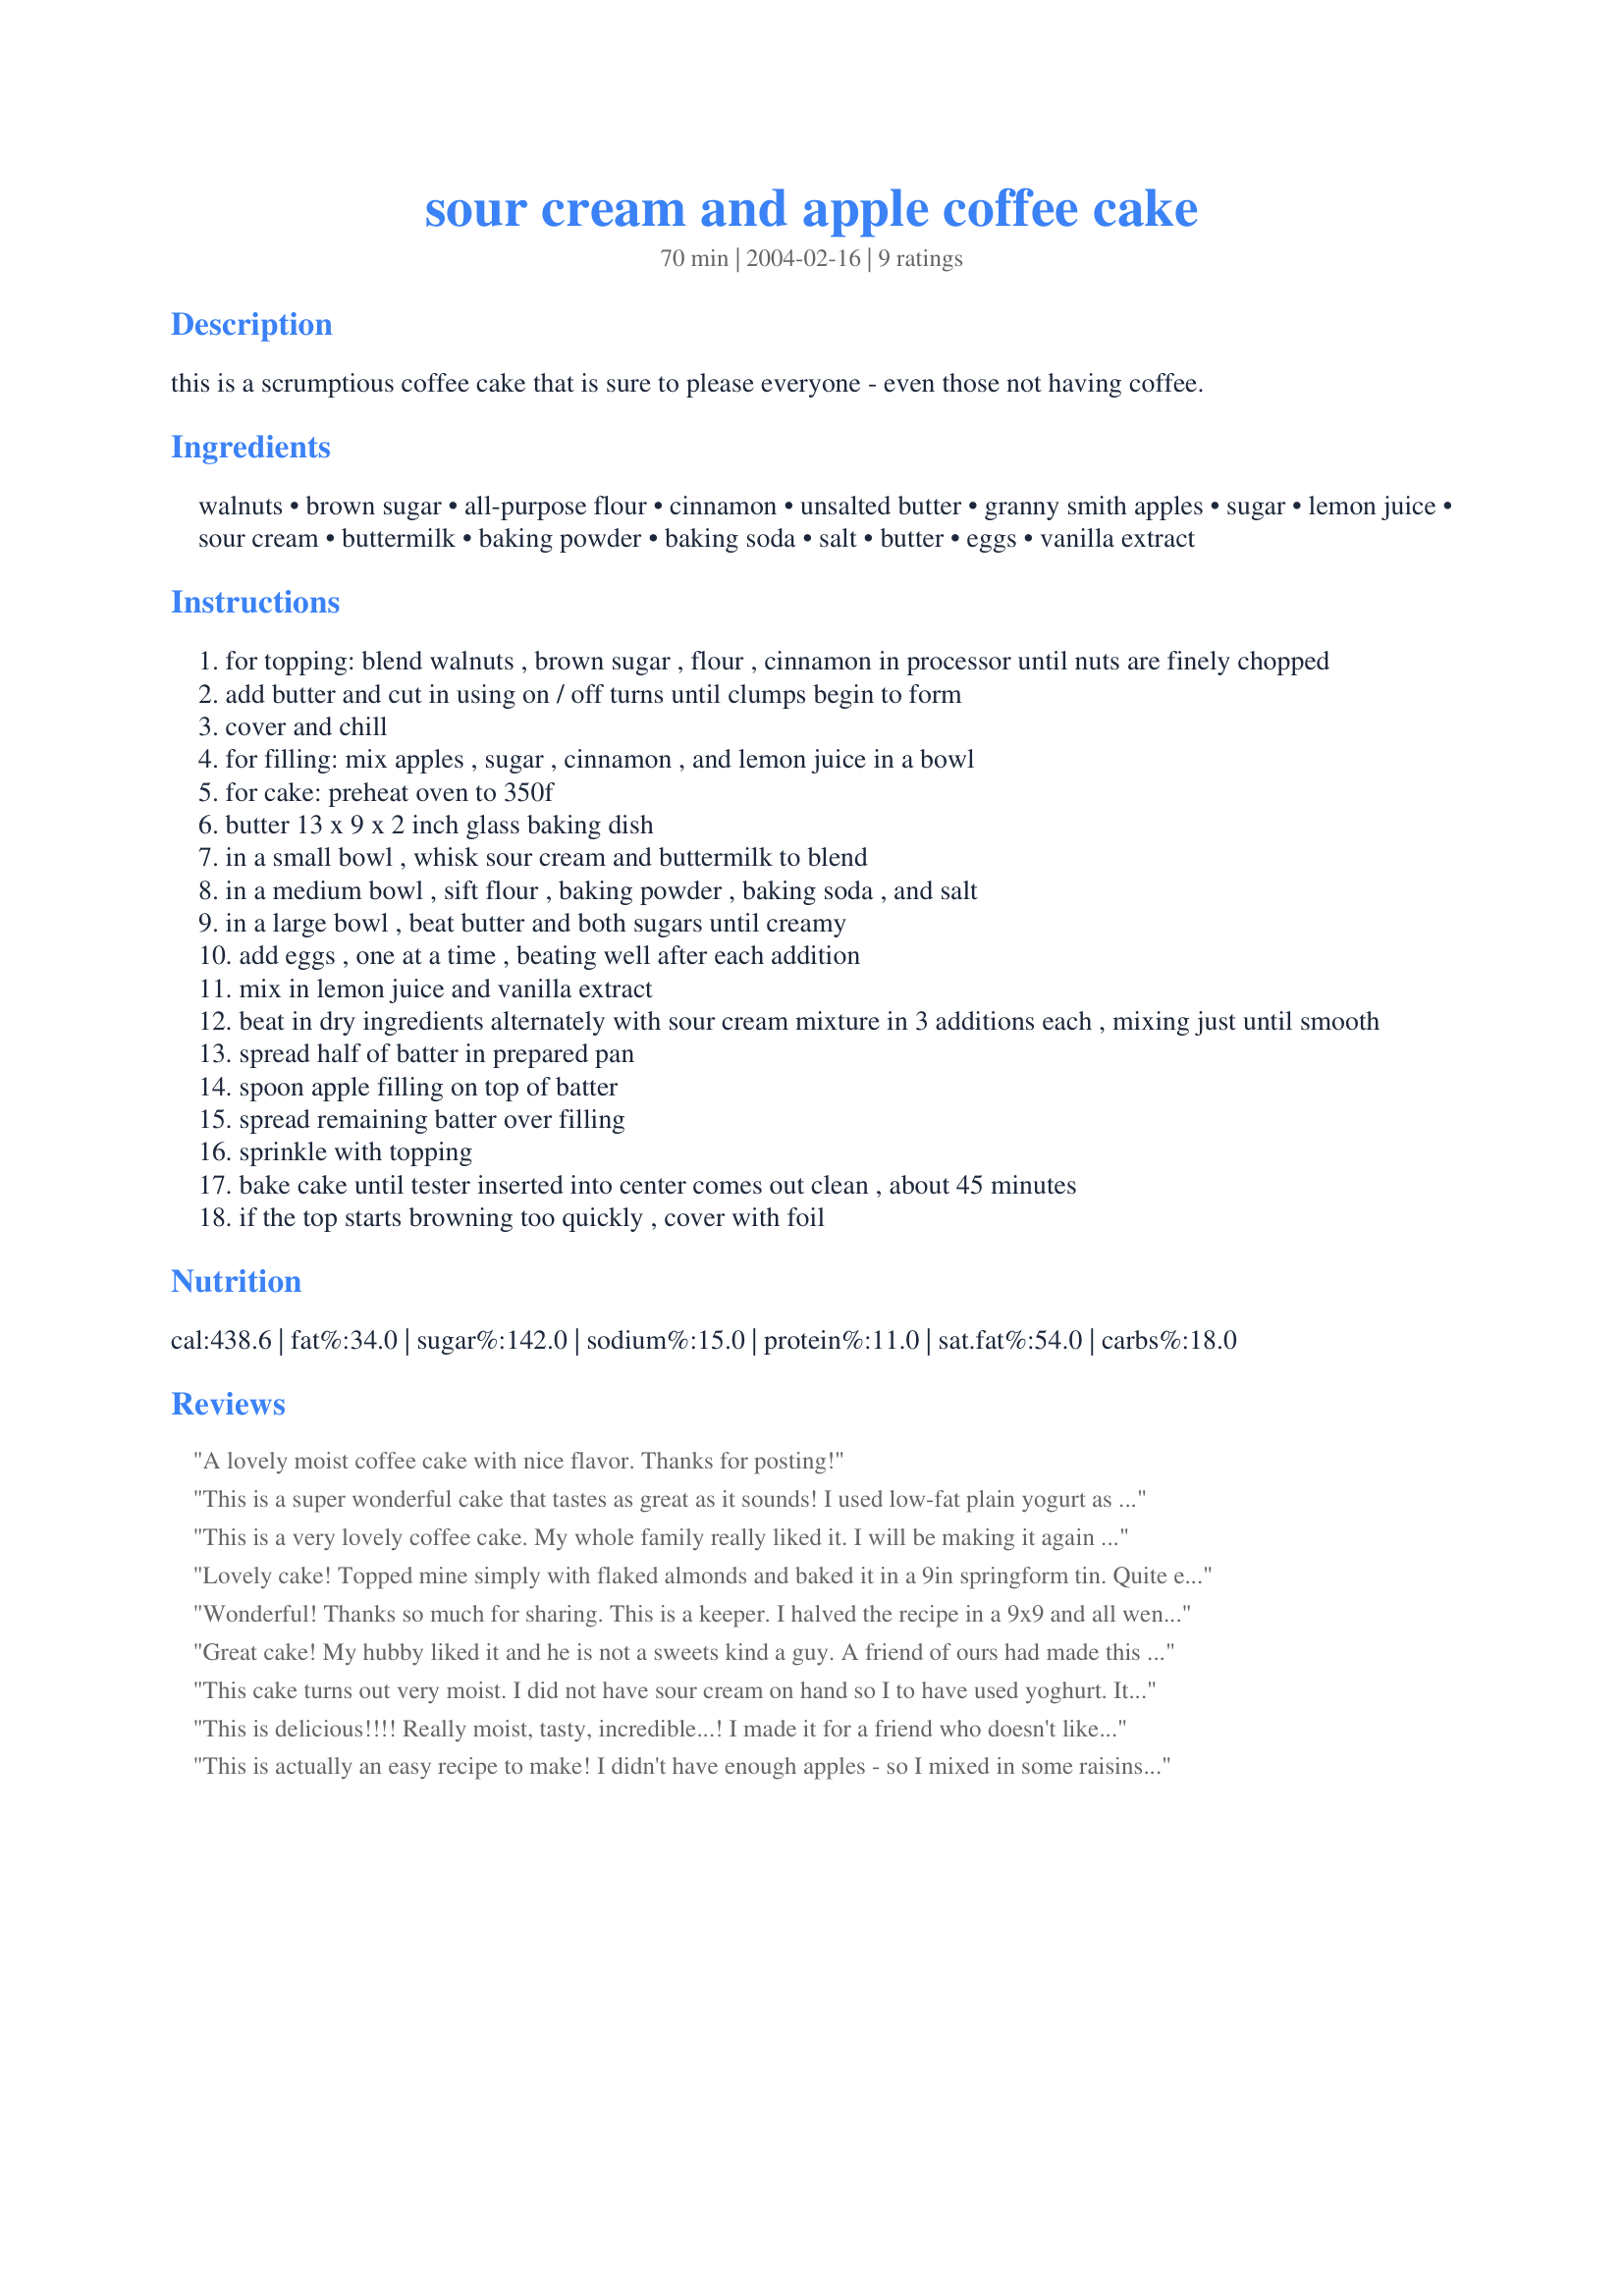
sour cream and apple coffee cake
Preparation time: 70 minutes

this is a scrumptious coffee cake that is sure to please everyone - even those not having coffee.

Ingredients:
walnuts, brown sugar, all-purpose flour, cinnamon, unsalted butter, granny smith apples, sugar, lemon juice, sour cream, buttermilk, baking powder, baking soda, salt, butter, eggs, vanilla extract

Steps:
for topping: blend walnuts , brown sugar , flour , cinnamon in processor until nuts are finely chopped
add butter and cut in using on / off turns until clumps begin to form
cover and chill
for filling: mix apples , sugar , cinnamon , and lemon juice in a bowl
for cake: preheat oven to 350f
butter 13 x 9 x 2 inch glass baking dish
in a small bowl , whisk sour cream and buttermilk to blend
in a medium bowl , sift flour , baking powder , baking soda , and salt
in a large bowl , beat butter and both sugars until creamy
add eggs , one at a time , beating well after each addition
mix in lemon juice and vanilla extract
beat in dry ingredients alternately with sour cream mixture in 3 additions each , mixing just until smooth
spread half of batter in prepared pan
spoon apple filling on top of batter
spread remaining batter over filling
sprinkle with topping
bake cake until tester inserted into center comes out clean , about 45 minutes
if the top starts browning too quickly , cover with foil

Reviews:
A lovely moist coffee cake with nice flavor. Thanks for posting!
This is a super wonderful cake that tastes as great as it sounds! I used low-fat plain yogurt as a substitute for the sour cream and made this cake. It was a big treat and went well with everyone! Thank you so much for sharing the recipe!
This is a very lovely coffee cake. My whole family really liked it. I will be making it again soon. Thanks for posting.
Lovely cake! Topped mine simply with flaked almonds and baked it in a 9in springform tin. Quite enormous... but survives freezing well (2people, huge cake), should you need to do it.
Wonderful! Thanks so much for sharing. This is a keeper. I halved the recipe in a 9x9 and all went fine. The only nuts I had left in the house were a small bag of mixed nuts (cashews, walnuts, pecans, almonds) I really liked how it turned out though! Only change I'd make is to add another apple next time. The batter is very thick, I wondered if I'd left something out, but it turned out perfectly. Somehow this cake is dense and fluffy at the same time! I love it, so did Mom, who's rediculously picky these days. This goes right into the " can't go wrong - company recipes" catagory.
Great cake! My hubby liked it and he is not a sweets kind a guy. A friend of ours had made this for a church potluck and when I asked her for the recipe she said she couldnt because it was the family recipe, so I did the next best thing - I came to the "zaar". I also think that this cake came out better. Thanks for posting it!
This cake turns out very moist. I did not have sour cream on hand so I to have used yoghurt. 
 It took exact 45 min to bake. The topping started to burn so I had to cover it with foil and bake the last 15 min.It still tasted wonderful.
This is delicious!!!! Really moist, tasty, incredible...! I made it for a friend who doesn't like cinnamon, so I left out most of it, and added a little grated lemon peel and a bit more vanilla for flavouring; also, like Charishma, I used low-fat plain yoghurt instead of sour cream and low-fat milk instead of buttermilk (they're not so easy to find here in Italy), but it still was wonderful, and with a little less fat, I suppose! The only little problem was with the cooking time: this little friend never seemed to cook and was in the oven for about 1 hour 15 minutes before setting...but this wasn't really a problem, and it gave me more time to set my camera and take a picture of this not only good tasting but also very pretty cake!
This is actually an easy recipe to make! I didn't have enough apples - so I mixed in some raisins. I doubled the recipe, as I usually do since I bake for many. I ended up with 2 9" round springform pans. Since I baked them at the same time - it too a bit longer to bake. I would say altogether about an hour and 15 minutes. The house smelled delicious. the ironic part is Mr. Dutchy and I can't eat any since we are fasting! I will have to rely on my co-workers to let me know how good they are! They are beautiful - just like the picture above
